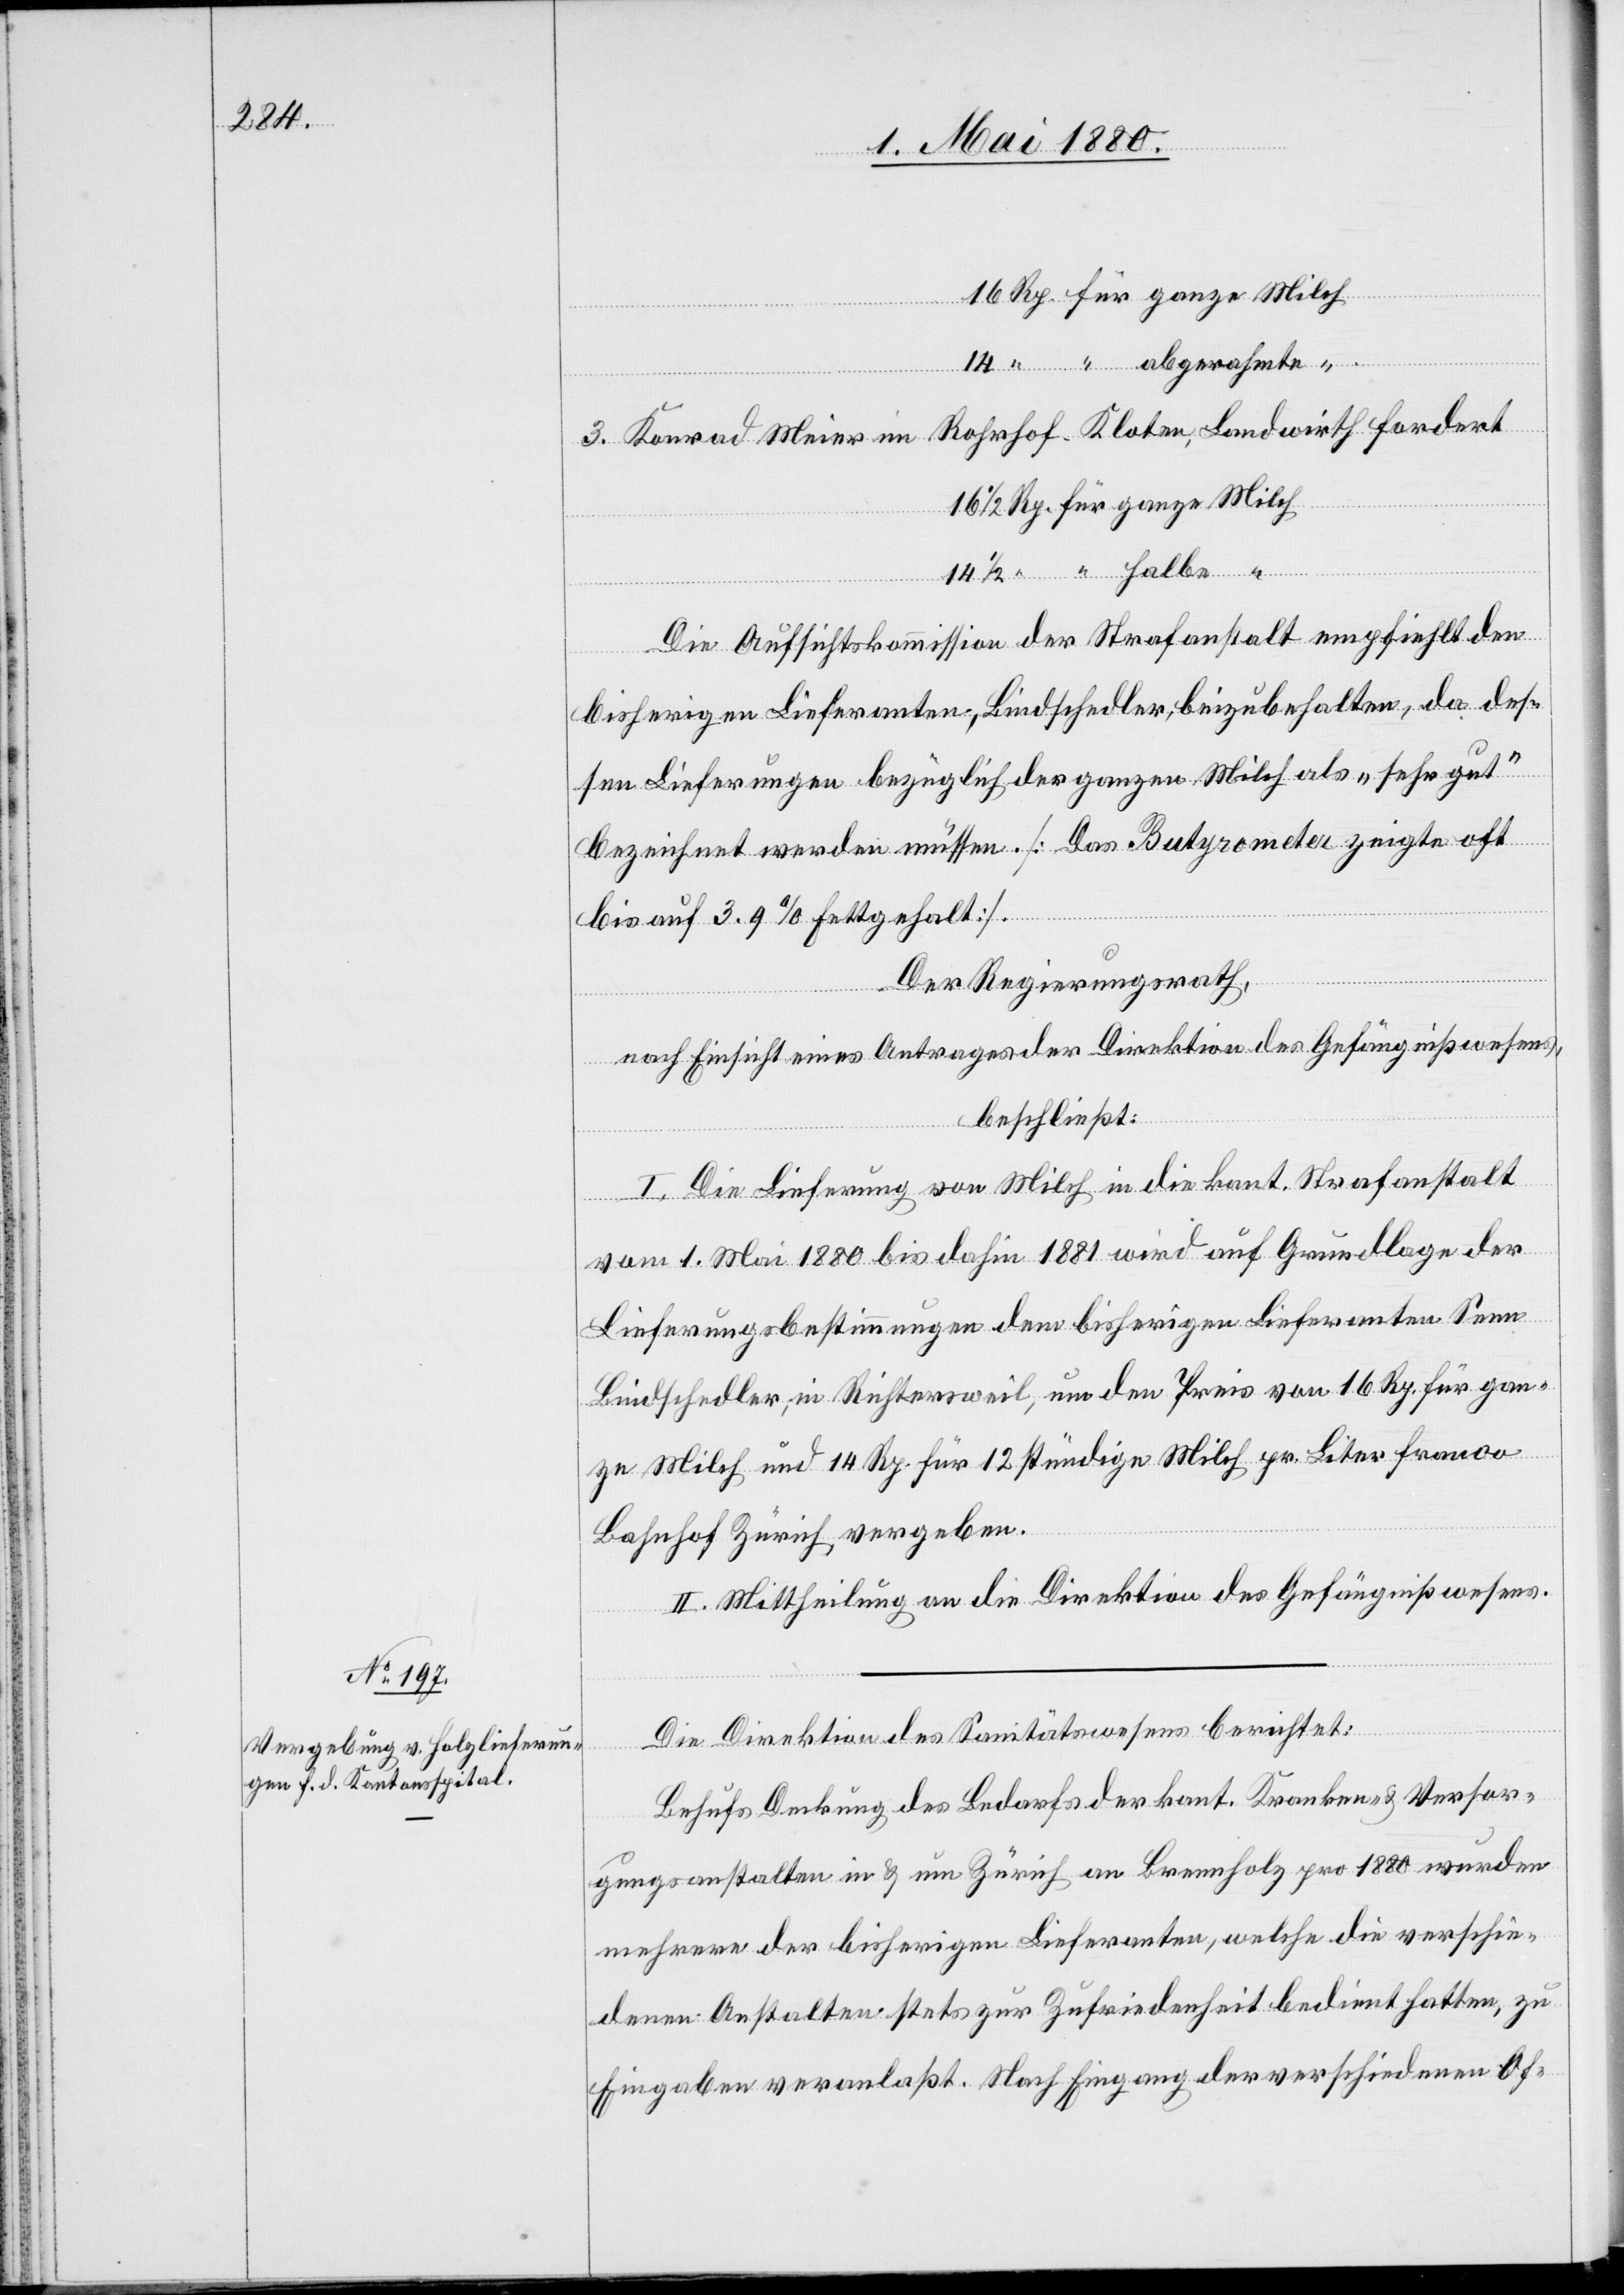
Rp.
Konrad Meier im Rohrhof - Kloten, Landwirth fordert
Die Aufsichtskommission der Strafanstalt empfiehlt den
bisherigen Lieferanten, Bindschedler, beizubehalten, da des¬
sen Lieferungen bezüglich der ganzen Milch als „sehr gut“
bezeichnet werden müsse. [Das Butyrometer zeigte oft
bis 3.9% Fettgehalt].
Der Regierungsrath,
halbe “
nach Einsicht eines Antrages der Direktion des Gefängnißwesens,
beschließt:
I. Die Lieferung von Milch in die kant. Strafanstalt
vom 1. Mai 1880 bis dahin 1881 wird auf Grundlage der
Lieferungsbestimmungen dem bisherigen Lieferanten Senn
Bindschedler, in Richtersweil, um den Preis von 16 Rp. für gan¬
ze Milch und 14 Rp. für 12 stündige Milch pr. Liter franco
Bahnhof Zürich vergeben.
II. Mittheilung an die Direktion des Gefängnißwesens.
Die Direktion des Sanitätswesens berichtet:
Behufs Deckung des Bedarfs der kant. Kranken- & Versor¬
gungsanstalten in & um Zürich an Brennholz pro 1880 wurden
mehrere der bisherigen Lieferanten, welche die verschie¬
denen Anstalten stets zur Zufriedenheit bedient hatten, zu
Eingaben veranlaßt. Nach Eingang der verschiedenen Of-